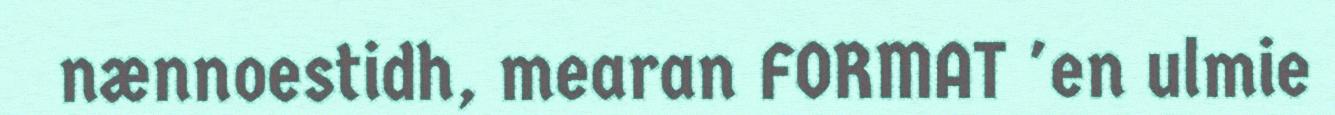
nænnoestidh, mearan FORMAT 'en ulmie